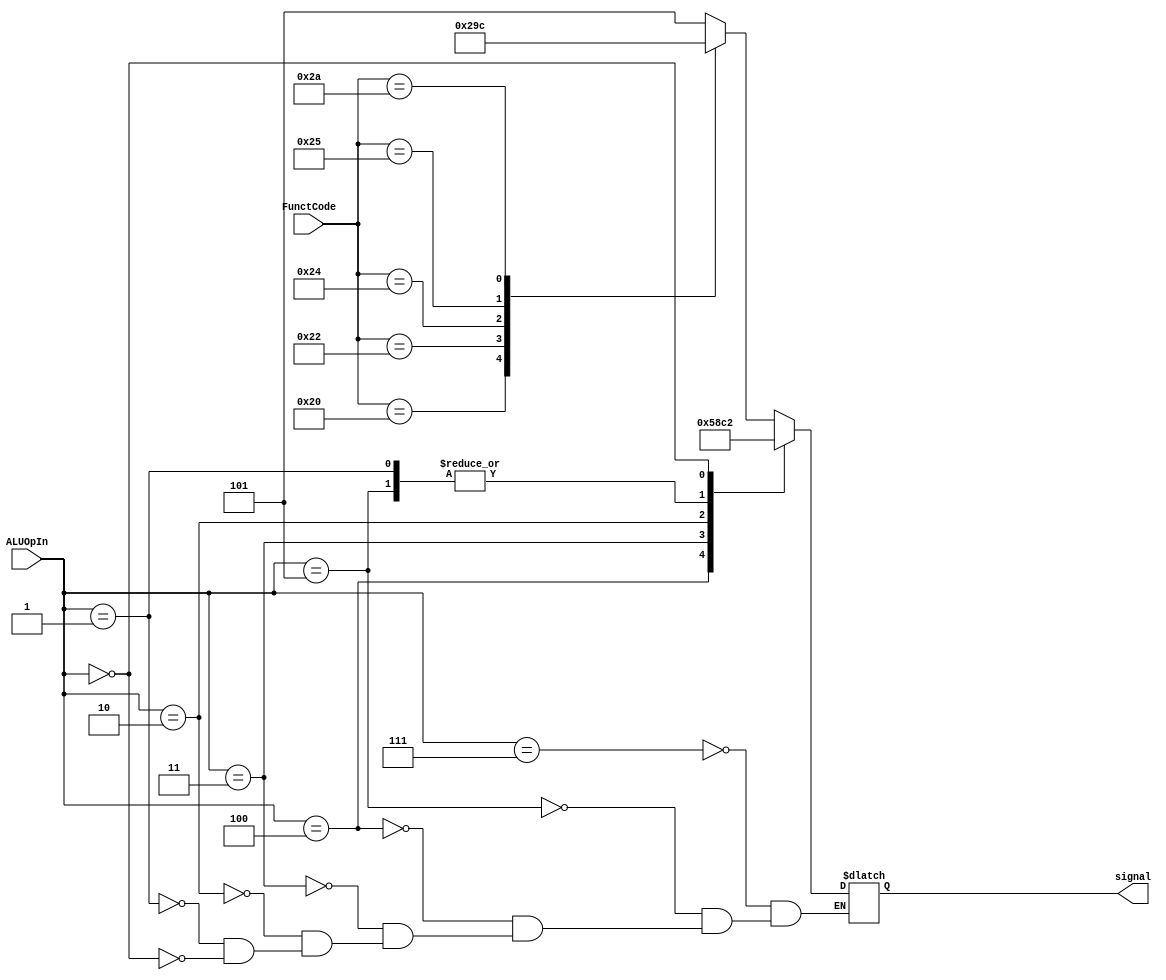
`timescale 1ns/1ns

module ALU_control (
	input [5:0] FunctCode,
	input [2:0] ALUOpIn,
	output reg [2:0] signal
);

always @*
begin
	case (ALUOpIn)
		3'b111:
		case (FunctCode)
			6'b100000: signal = 3'b000;
			6'b100010: signal = 3'b001;
			6'b100100: signal = 3'b010;
			6'b100101: signal = 3'b011;
			6'b101010: signal = 3'b100;
			6'b000000: signal = 3'b101;
			default: signal = 3'b101;
		endcase
		    3'b101: signal = 3'b000;//addi
            3'b100: signal = 3'b101;//slti
            3'b011: signal = 3'b100;//andi
            3'b010: signal = 3'b011;//ori
            3'b001: signal = 3'b000;//lw y sw
            3'b000: signal = 3'b010;//beq
	endcase
end

endmodule